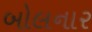
બોલનાર